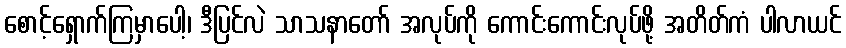
စောင့်ရှောက်ကြမှာပေါ့၊ ဒီပြင်လဲ သာသနာတော် အလုပ်ကို ကောင်းကောင်းလုပ်ဖို့ အတိတ်ကံ ပါလာယင်